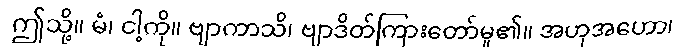
ဤသို့။ မံ၊ ငါ့ကို။ ဗျာကာသိ၊ ဗျာဒိတ်ကြားတော်မူ၏။ အဟုအဟော၊